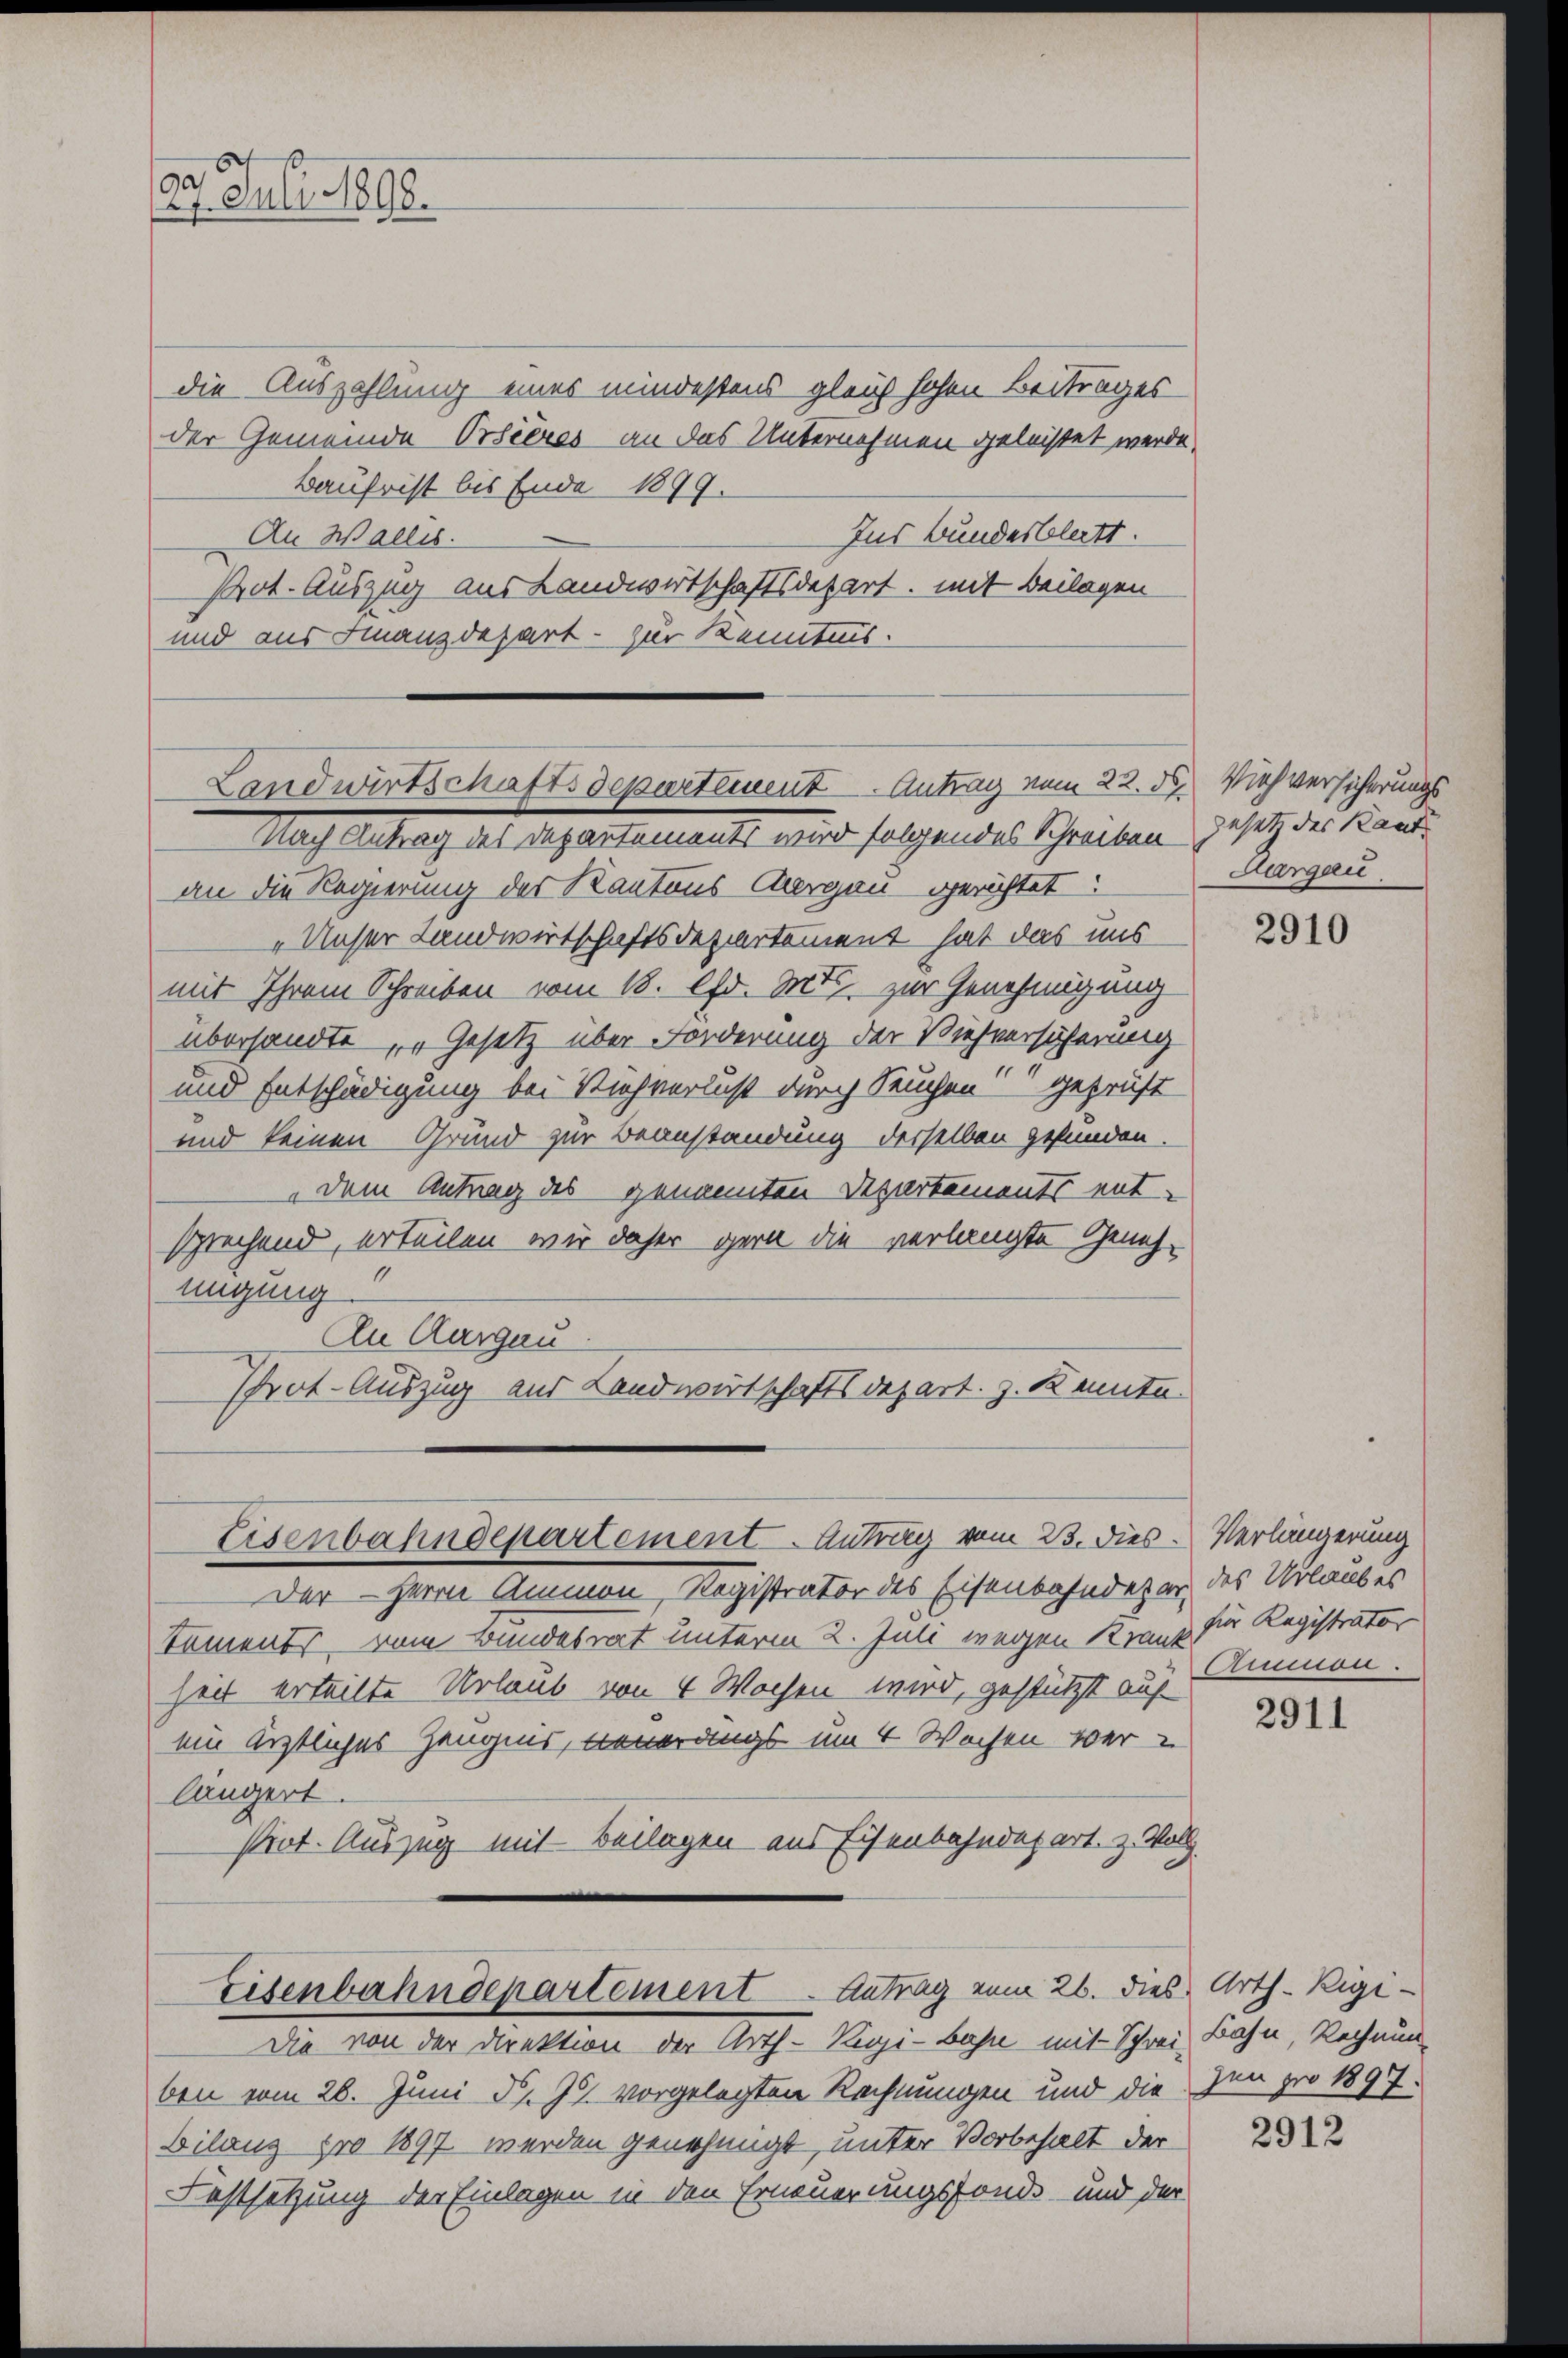
29. Juli 1890.

die Auszahlung eines mindestens gleich hohen Beitrages
der Gemeinde Orsieres an das Unternehmen geleistet werde.
Baufrist bis Ende 1899.
Ins Bundesblatt.
An Wallis.
Prot. Auszug aus Landwirtschaftsdesart, mit Beilagen
und aus Finanzdepart - zur Kenntnis.

an die Regierung des Kantons Aargau gerichtet:
„Unser Landwirtschaftsdepartement hat das uns
mit Ihrem Schreiben vom 18. Chr. Mts. zur Genehmigung
übersandte „Gesetz über Forderung der Viehverhöferung
und Entschädigung bei Ruchverlust durch Seuchen Geprüft
und keinen Grund zur Beanstandung derselben gefunden.
dem Antrag des genannten Departements ent-
sprechend, erteilen wir daher gern die verlangte Geneh¬
11
migung
An Aargau.
Pot-Auszug aus Landwirtschaftsdepart. z. Kennte.

Landwirtschaftsdepartement. Antrag vom 22. ds Viehversicherungs¬
Nach Antrag des Departements wird folgendes Schreiben gesetz der Kand

Eisenbahndepartement. Antrag vom 23. dies Verlängerung

Eisenbahndepartement Antrag vom 26. dies. Arth-Rigi-

Der Herrn Ammon, Registrator des Eisenbahndeter des Urlaubes
tements, vom Bundesrat unterm 2. Juni wegen Kranz für Registrator
heit erteilte Urlaub von 4 Wochen wird, gestützt auf
ein ärztliches Zeugnis, venerangs um 4 Wochen war
längert.
stirt. Auszug mit Beilagen aus Eisenbahndepart. z. Woll

Die von der Direktion der Arth-Rigi-Bahn mit Schrei Bahn, Rechnun-
ben vom 26. Juni d. J. vorgelegten Rechnungen und die en pro 1897.
Bilanz pro 1897 werden genehmigt, unter Vorbehalt der
Festsetzung der Einlagen in den Erneuerungsfonde und der

Aargau.

2910

Ammon.

2911

2912